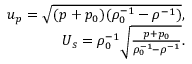
\begin{array} { r } { u _ { p } = \sqrt { ( p + p _ { 0 } ) ( \rho _ { 0 } ^ { - 1 } - \rho ^ { - 1 } ) } , } \\ { U _ { s } = \rho _ { 0 } ^ { - 1 } \sqrt { \frac { p + p _ { 0 } } { \rho _ { 0 } ^ { - 1 } - \rho ^ { - 1 } } } . } \end{array}